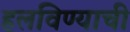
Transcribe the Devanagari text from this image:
हलविण्याची